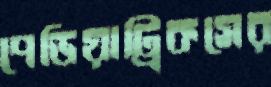
পেডিয়াট্রিকসের